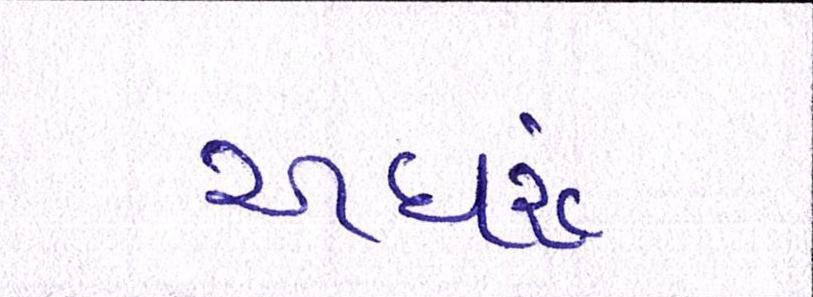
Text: અઘરું